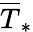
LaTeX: \overline{{T}}_{\ast}